Report on vaccination proceedings throughout the Government of Bengal -
Year: 1868
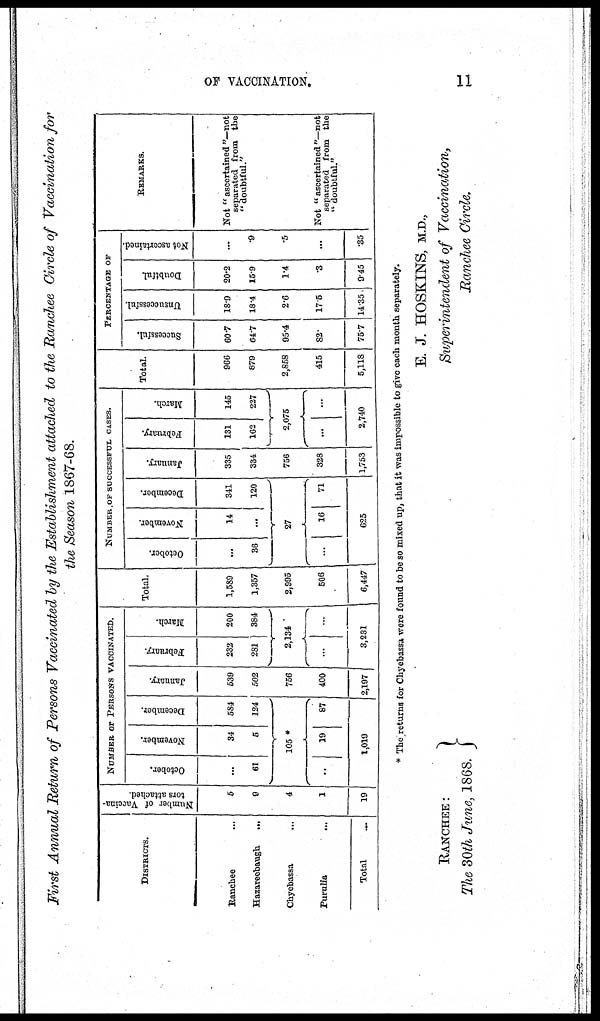
OF VACCINATION.
11
First Annual Return of Persons Vaccinated by the Establishment attached to the Ranchee Circle of Vaccination for
the Season 1867-68.
DISTRICTS.
Ranchee...
Hazareebaugh...
Chyebassa...
Purulia...
Total...
Number of Vaccina-
tors attached.
5
9
4
1
19
NUMBER OF PERSONS VACCINATED.
October.
...
61
November.
34
5
December.
584
124
105 *
..
...
19
1,019
87
...
January.
539
502
756
400
2,197
February.
232
281
March.
200
384
2,134
...
...
3,231
Total.
1,589
1,357
2,995
506
6,447
NUMBER OF SUCCESSFUL CASES.
October.
...
36
November.
14
...
December.
341
120
27
...
16
71
625
January.
335
334
756
328
1,753
February.
131
162
March.
145
227
2,075
...
...
2,740
Total.
966
879
2,858
415
5,118
PERCENTAGE OF
Successful.
60.7
64.7
95.4
82.
75.7
Unsuccessful.
18.9
18.4
2.6
17.5
14.35
Doubtful
20.2
15.9
1.4
.3
9.45
Not ascertained.
...
.9
.5
...
.35
REMARKS.
Not" ascertained "—not
separated from the
"doubtful."
Not "ascertained"—not
separated from the
" doubtful."
* The returns for Chyebassa were found to be so mixed up, that it was impossible to give each month separately.
E. J. HOSKINS, M.D.,
RANCHEE:
The 30th June, 1868.
Superintendent of Vaccination,
Ranchee Circle.